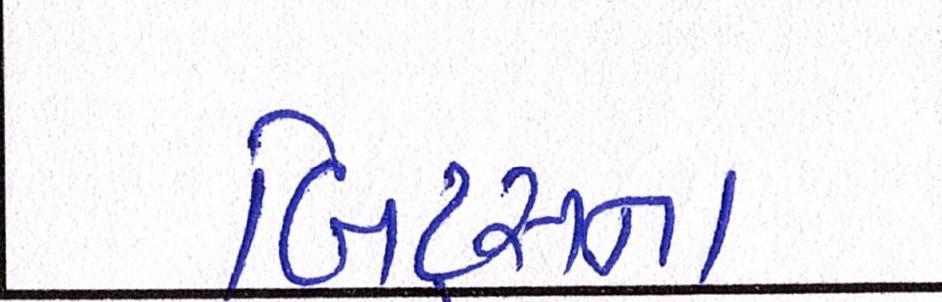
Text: બિટ્સના